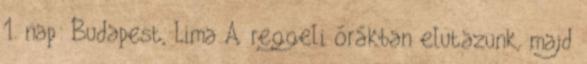
1. nap: Budapest, Lima A reggeli órákban elutazunk, majd